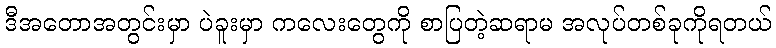
ဒီအတောအတွင်းမှာ ပဲခူးမှာ ကလေးတွေကို စာပြတဲ့ဆရာမ အလုပ်တစ်ခုကိုရတယ်